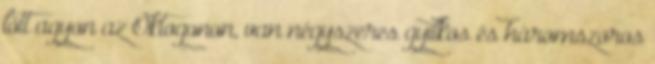
lőtt agyon az Oktogonon, van négyszeres gyilkos és háromszoros